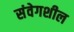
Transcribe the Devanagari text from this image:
संवेगशील